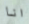
انا